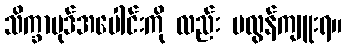
သိက္ခာပုဒ်အပေါင်းကို လည်း မလွန်ကျူးရ။